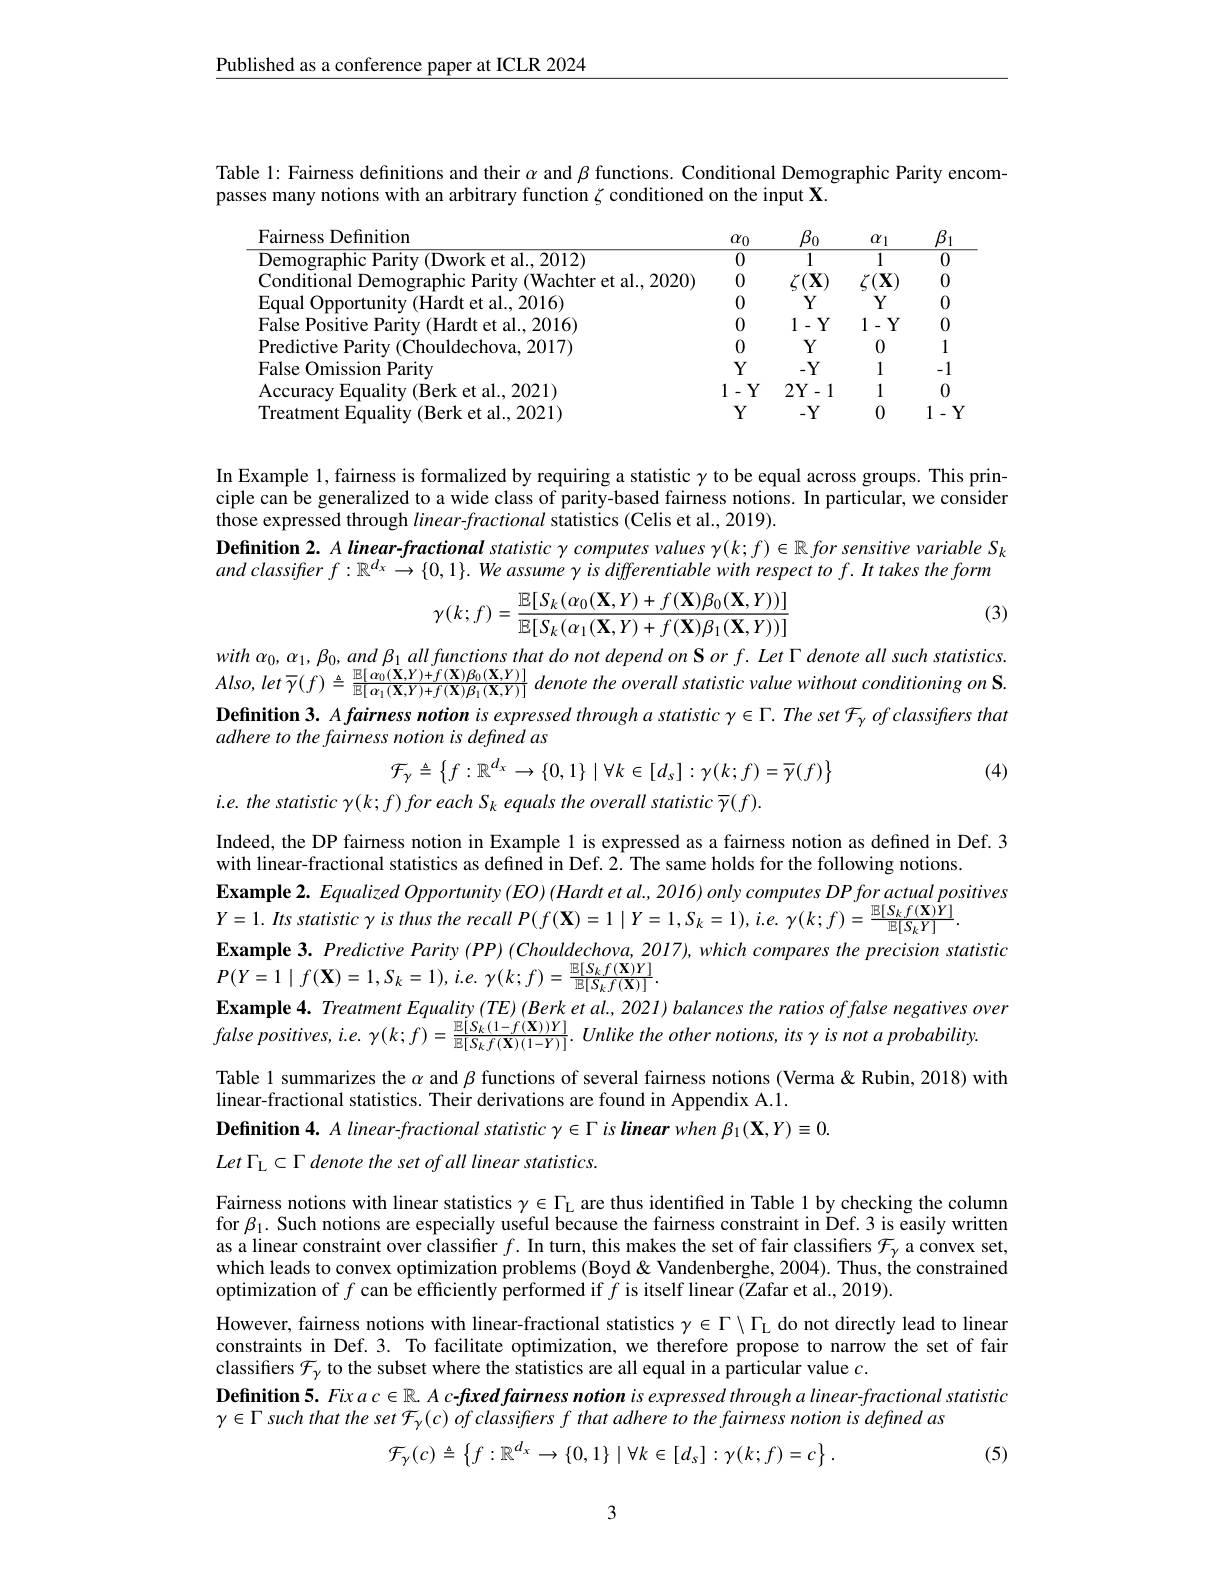
$\underline{\text{Published as a conference paper at ICLR 2024}}$

Table 1: Fairness definitions and their $\alpha$ and $\beta$ functions. Conditional Demographic Parity encom-
passes many notions with an arbitrary function $\zeta$ conditioned on the input X.

<table>
	<tbody>
		<tr>
			<th>Definition alrnesc</th>
			<th>$\alpha_0$</th>
			<th>$\beta_{0}$</th>
			<th>$\alpha_{1}$</th>
			<th>$\beta_{1}$ 1</th>
		</tr>
		<tr>
			<td>work et al...2012)</td>
			<td>$\overline{0}$</td>
			<td>$\overline{1}$</td>
			<td>1</td>
			<td>$\overline{0}$</td>
		</tr>
		<tr>
			<td>nditional 2000 21</td>
			<td>0</td>
			<td>$\zeta(\mathbf{X})$</td>
			<td>$\mathbf{X}$</td>
			<td>0</td>
		</tr>
		<tr>
			<td>Faual Onn Hardt et al 2016</td>
			<td>0</td>
			<td>$Y$</td>
			<td>$Y$</td>
			<td>0</td>
		</tr>
		<tr>
			<td>ardt et al. 2016 $P_{0}$nsifiw</td>
			<td>0</td>
			<td>1- $Y$ 一</td>
			<td>1 $Y$</td>
			<td>0</td>
		</tr>
		<tr>
			<td>12017</td>
			<td>0</td>
			<td>$Y$</td>
			<td>0</td>
			<td>1</td>
		</tr>
		<tr>
			<td>Paritw</td>
			<td>$Y$</td>
			<td>$-Y$</td>
			<td>1</td>
			<td>1 -</td>
		</tr>
		<tr>
			<td>et al. 2021) YCHra $k_{\rho rk}$</td>
			<td>1 $Y$</td>
			<td>$2Y-1$</td>
			<td>1</td>
			<td>0</td>
		</tr>
		<tr>
			<td><et al2021</td>
			<td>$Y$</td>
			<td>$-Y$</td>
			<td>0</td>
			<td>1 $Y$</td>
		</tr>
	</tbody>
</table>

In Example 1, fairness is formalized by requiring a statistic $\gamma$ to be equal across groups. This principle can be generalized to a wide class of parity-based fairness notions. In particular, we consider those expressed through $linear-fractional$ statistics (Celis et al., 2019).
Definition $2. A\textit{linear- fractional statistic }\gamma \textit{computes values }\gamma ( k; f) \in \mathbb{R} \textit{for sensitive variable S}_k$ andclassifier $f: \mathbb{R} ^{d_x}\to \{ 0, 1\} .$ We assume $\gamma$ is differentiable with respect to $f.It$ takes the form

(3)
$$\gamma(k;f)=\frac{\mathbb{E}[S_k(\alpha_0(\mathbf{X},Y)+f(\mathbf{X})\beta_0(\mathbf{X},Y))]}{\mathbb{E}[S_k(\alpha_1(\mathbf{X},Y)+f(\mathbf{X})\beta_1(\mathbf{X},Y))]}$$
with $\alpha _{0}, \alpha _{1}, \beta _{0}, and$ $\beta _{1}$ all functions that $do$ not depend $on$ $\mathbf{S}$ $or$ $f.$ Let $\Gamma$ denote all such $statistics.$ $Also, let$ $\overline {\gamma }( f) \triangleq \frac {\mathbb{E} [ \:\alpha _{0}( \mathbf{X} , Y) + f( \mathbf{X} ) \beta _{0}( \mathbf{X} , Y) ] }{\mathbb{E} [ \:\alpha _{1}( \mathbf{X} , Y) + f( \mathbf{X} ) \beta _{1}( \mathbf{X} , Y) ] }$ denote the overall statistic value without conditioning $on$ $\mathbf{S} .$ Definition 3. Afairness notion is expressed through a statistic $\gamma\in\Gamma.The$ set $\mathcal{F}_\gamma ofclassifters$ that adhere to the fairness notion is defined as
$$\mathcal{F}_{\gamma}\triangleq\left\{f:\mathbb{R}^{d_{x}}\to\{0,1\}\mid\forall k\in[d_{s}]:\gamma(k;f)=\overline{\gamma}(f)\right\}$$
(4)

$i. e. the\textit{ statistic }\gamma ( k; f) \textit{for each S}_{k}$ equals the overall statistic $\overline{\gamma}(f).$

Example 2. Equalized Opportunity (EO) (Hardt et al., 2016) only computes DP for actual positives
$Y= 1. Its$ statistic $\gamma$ $is$ thus the recall $P( f( \mathbf{X} ) = 1$ | $Y= 1, S_{k}= 1) $, $i. e.$ $\gamma ( k; f) = \frac {\mathbb{E} [ S_{k}f( \mathbf{X} ) Y] }{\mathbb{E} [ S_{k}Y] }.$
Example 3. Predictive Parity (PP) (Chouldechova, 2017), which compares the precision statistic

Indeed, the DP fairness notion in Example l is expressed as a fairness notion as defined in Def. 3
with linear-fractional statistics as defined in Def. 2. The same holds for the following notions.
$P( Y= 1\mid f( \mathbf{X} ) = 1, S_{k}= 1) , i. e.$ $\gamma ( k; f) = \frac {\mathbb{E} [ S_{k}f( \mathbf{X} ) Y] }{\mathbb{E} [ S_{k}f( \mathbf{X} ) ] }.$
Example 4. Treatment Equality (TE) (Berk et al., 2021) balances the ratios offalse negatives over
false $positives, i. e.$ $\gamma ( k; f) = \frac {\mathbb{E} [ S_{k}( 1- f( \mathbf{X} ) ) Y] }{\mathbb{E} [ S_{k}f( \mathbf{X} ) ( 1- Y) ] }.$ Unlike the other $notions$, its $\gamma$ $is$ not $a$ $probability.$
Table 1 summarizes the $\alpha$ and $\beta$ functions of several fairness notions (Verma & Rubin, 2018) with
linear-fractional statistics. Their derivations are found in Appendix A.1.
Definition 4. $A\textit{linear- fractional statistic }\gamma \in \Gamma \textit{is linear when }\beta _{1}( \mathbf{X} , Y) \equiv 0.$
Let $\Gamma _{\mathrm{L} }\subset \Gamma$ denote the set of all linear statistics.

Fairness notions with linear statistics $\gamma\in\Gamma_{\mathrm{L}}$ are thus identified in Table 1 by checking the column for $\beta_1.$ Such notions are especially useful because the fairness constraint in Def.3 is easily written as a linear constraint over classifier $f.$ In turn, this makes the set of fair classifiers $\mathcal{F}_\gamma$ a convex set, which leads to convex optimization problems (Boyd &Vandenberghe, 2004). Thus, the constrained optimization of $f$ can be efficiently performed if $f$ is itself linear (Zafar et al., 2019).
However, fairness notions with linear-fractional statistics $\gamma\in\Gamma\setminus\Gamma_{\mathrm{L}}$ do not directly lead to linear constraints in Def. 3. To facilitate optimization, we therefore propose to narrow the set of fair classifiers $\mathcal{F}_\gamma$ to the subset where the statistics are all equal in a particular value $c.$
Definition 5. Fix $ac\in\mathbb{R}.A$ c-fixed fairness notion is expressed through a linear-fractional statistic
$\gamma\in\Gamma$ such that the set $\mathcal{F} _\gamma ( c) \textit{of classifters f that adhere to the fairness notion is defined as}$
$$\mathcal{F}_{\gamma}(c)\triangleq\left\{f:\mathbb{R}^{d_x}\to\{0,1\}\mid\forall k\in[d_s]:\gamma(k;f)=c\right\}.$$
(5)

3